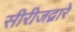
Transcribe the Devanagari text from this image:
सीरीजद्वारे